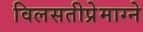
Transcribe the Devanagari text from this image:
विलसतीप्रेमाग्ने